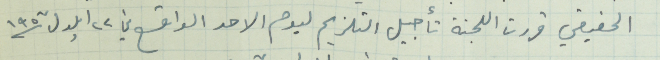
الحقيقي قررت اللجنة تأجيل التلزيم ليوم الاحد الواقع في ٢٢ ايلول سنة ١٩٥٧